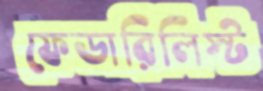
ফেডারিলিস্ট